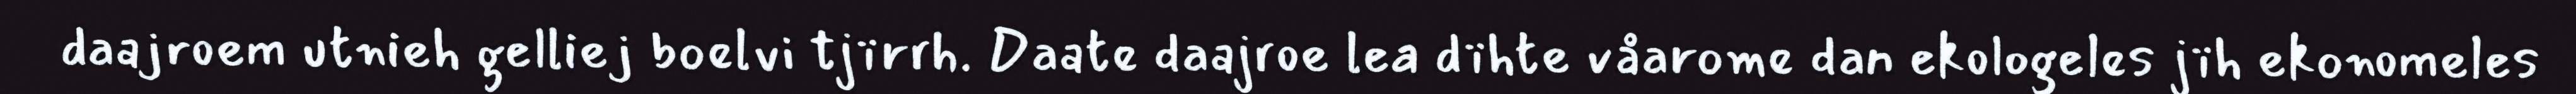
daajroem utnieh gelliej boelvi tjïrrh. Daate daajroe lea dïhte våarome dan ekologeles jïh ekonomeles